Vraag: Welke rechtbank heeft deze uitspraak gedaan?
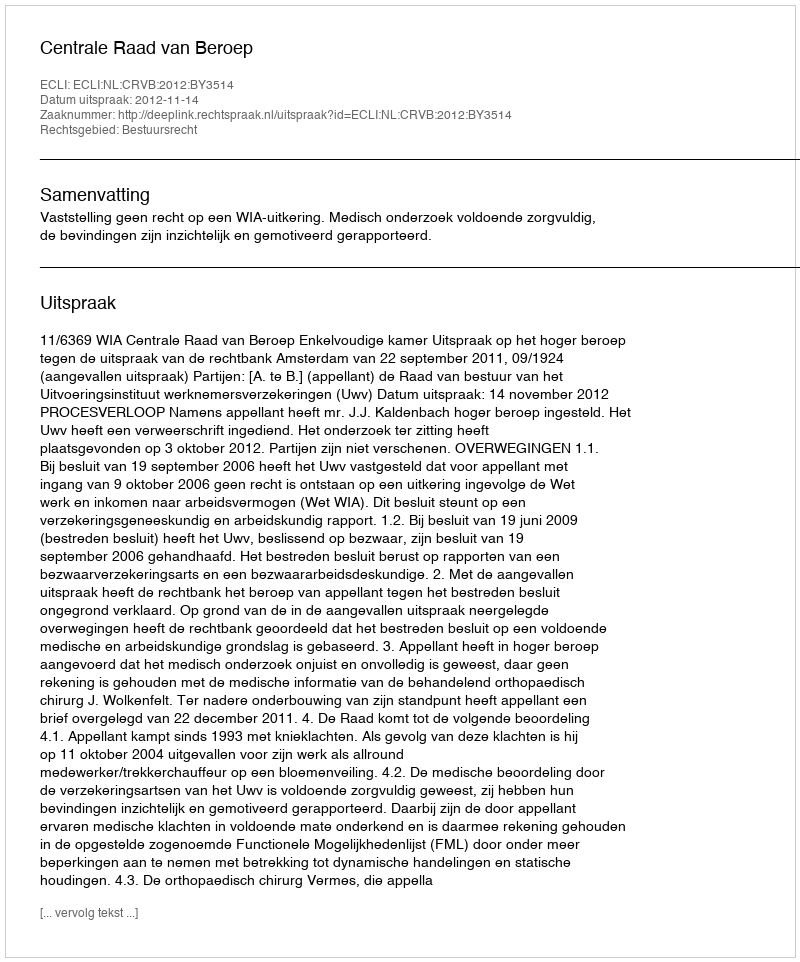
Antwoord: Centrale Raad van Beroep